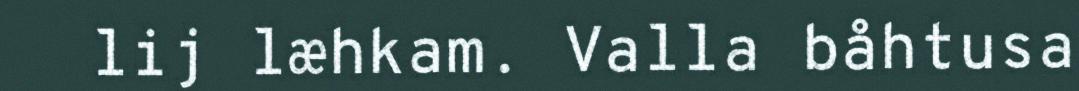
lij læhkam. Valla båhtusa